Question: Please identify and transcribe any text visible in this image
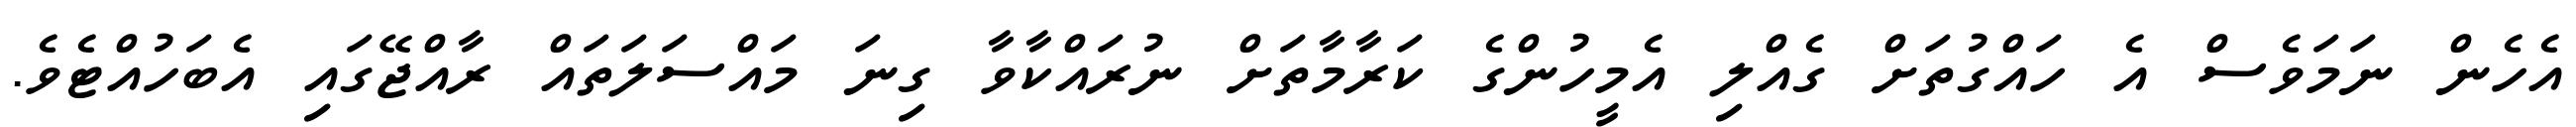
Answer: އެހެން ނަމަވެސް އެ ހައްގުތަށް ގެއްލި އެމީހުންގެ ކަރާމާތަށް ނުރައްކާވާ ގިނަ މައްސަލަތައް ރާއްޖޭގައި އެބަހުއްޓެވެ.